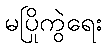
မပြိုကွဲရေး